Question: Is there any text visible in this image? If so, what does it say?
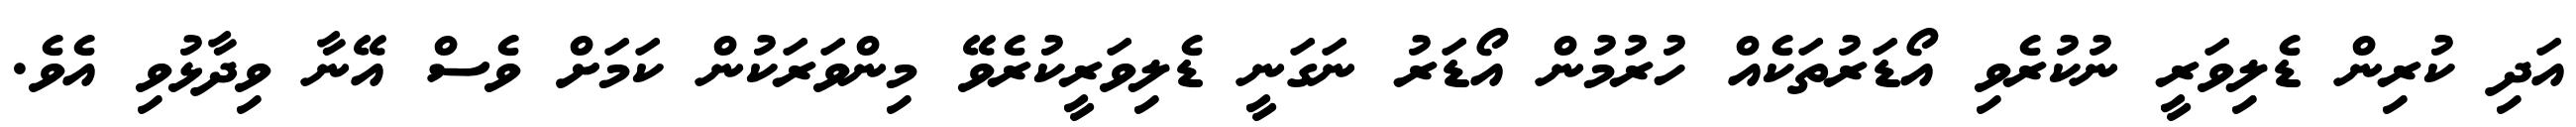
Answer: އަދި ކުރިން ޑެލިވަރީ ނުކުރެވި އޯޑަރުތަކެއް ހުރުމުން އޯޑަރު ނަގަނީ ޑެލިވަރީކުރެވޭ މިންވަރަކުން ކަމަށް ވެސް އޭނާ ވިދާޅުވި އެވެ.